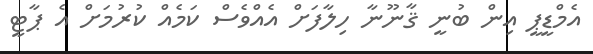
އެމްޑީޕީ އިން ބުނީ ޤާނޫނާ ހިލާފަށް އެއްވެސް ކަމެއް ކުރުމަށް އެ ޕާޓީ